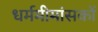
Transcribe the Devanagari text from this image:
धर्ममीमांसकों